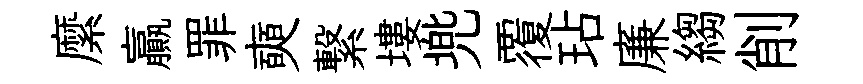
縻贏罪奭繋塿兠覆玷廉縐削